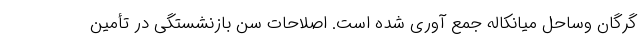
گرگان وساحل میانکاله جمع آوری شده است. اصلاحات سن بازنشستگی در تأمین